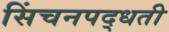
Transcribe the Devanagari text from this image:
सिंचनपद्धती